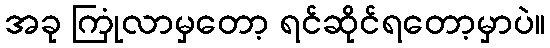
အခု ကြုံလာမှတော့ ရင်ဆိုင်ရတော့မှာပဲ။